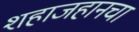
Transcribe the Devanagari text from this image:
शहाजहानचा